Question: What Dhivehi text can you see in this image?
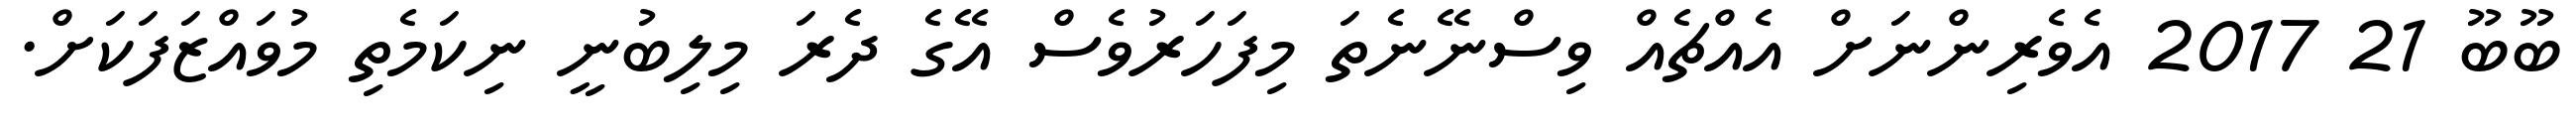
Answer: ބޫބޫ 21 2017 އެވެރިންނަށް އެއްޗެއް ވިސްނޭނެތަ މިފަހަރުވެސް އޭގެ ދެރަ މިލިބުނީ ނިކަމެތި މުވައްޒަފަކަށް.